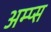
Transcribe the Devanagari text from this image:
अम्प्स